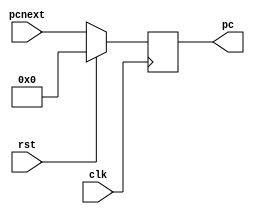
module pc_u  (input clk , rst , input [31:0] pcnext , output reg [31:0] pc);
always @(posedge clk ) 
    if (rst) pc = 0;
    else     pc = pcnext ; 
endmodule